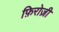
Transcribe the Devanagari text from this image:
फ़िरोज़ी